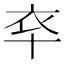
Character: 䘚